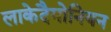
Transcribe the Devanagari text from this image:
लाकेदैमोनियन